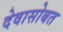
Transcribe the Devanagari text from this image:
देवासोबत